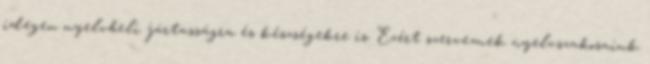
idegen nyelvbeli jártasságra és készségekre is. Ezért szerveznek nyelvszakosaink